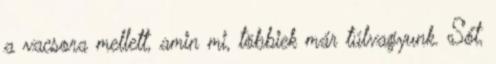
a vacsora mellett, amin mi, többiek már túlvagyunk. Sőt,